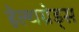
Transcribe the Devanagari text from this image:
हेल्थग्रेड्स